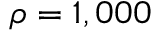
\rho = 1 , 0 0 0